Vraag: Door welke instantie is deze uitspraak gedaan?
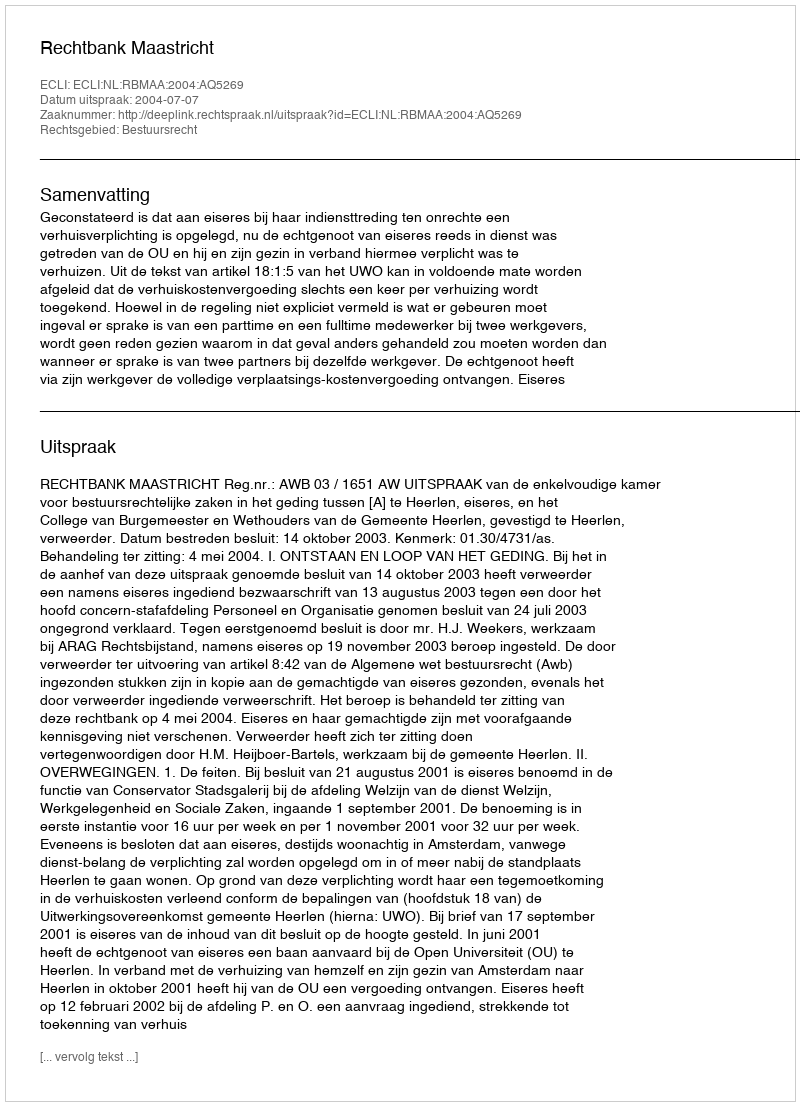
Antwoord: Rechtbank Maastricht